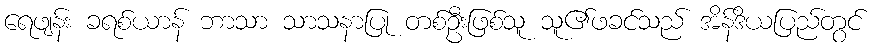
ရေဖျန်း ခရစ်ယာန် ဘာသာ သာသနာပြု တစ်ဦးဖြစ်သူ သူ၏ဖခင်သည် အိန်ဒိယပြည်တွင်